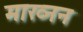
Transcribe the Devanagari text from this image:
माख्नन